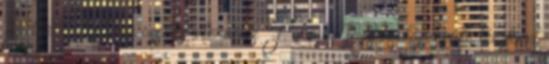
Bildnek, majd az összes internetes Forma-1-es honlap szinte tényként